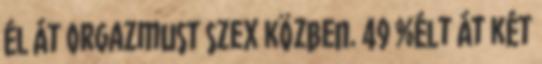
él át orgazmust szex közben. 49 %élt át két